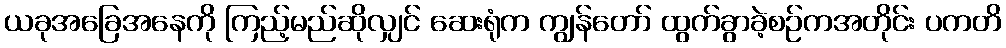
ယခုအခြေအနေကို ကြည့်မည်ဆိုလျှင် ဆေးရုံက ကျွန်တော် ထွက်ခွာခဲ့စဉ်ကအတိုင်း ပကတိ